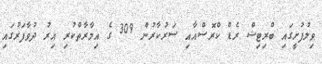
ވިލުފުށީގައި ބްރިޓިޝް ރެޑް ކްރޮސްއާއި ސަރުކާރުން 309 ގެ އިމާރާތްކުރި އިރު ދުވާފަރުގައި